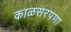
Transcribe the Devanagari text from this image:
काळसरपणा